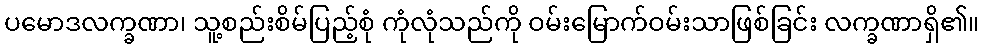
ပမောဒလက္ခဏာ၊ သူ့စည်းစိမ်ပြည့်စုံ ကုံလုံသည်ကို ဝမ်းမြောက်ဝမ်းသာဖြစ်ခြင်း လက္ခဏာရှိ၏။